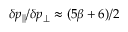
\delta p _ { \| } / \delta p _ { \perp } \approx ( 5 \beta + 6 ) / 2